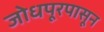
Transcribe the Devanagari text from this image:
जोधपूरपासून